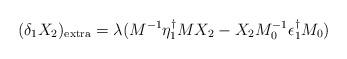
LaTeX: \begin{align*}(\delta_1 X_2)_{\rm extra} = \lambda(M^{-1} \eta_1^\dagger MX_{2}-X_2 M_0^{-1}\epsilon_1^{\dagger} M_0)\end{align*}